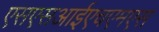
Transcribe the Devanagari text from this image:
एसएसआईएचएमएस